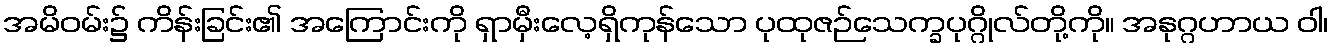
အမိဝမ်း၌ ကိန်းခြင်း၏ အကြောင်းကို ရှာမှီးလေ့ရှိကုန်သော ပုထုဇဉ်သေက္ခပုဂ္ဂိုလ်တို့ကို။ အနုဂ္ဂဟာယ ဝါ၊